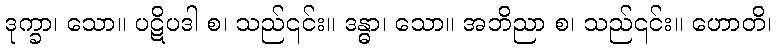
ဒုက္ခာ၊ သော။ ပဋိပဒါ စ၊ သည်၎င်း။ ဒန္ဓာ၊ သော။ အဘိညာ စ၊ သည်၎င်း။ ဟောတိ၊